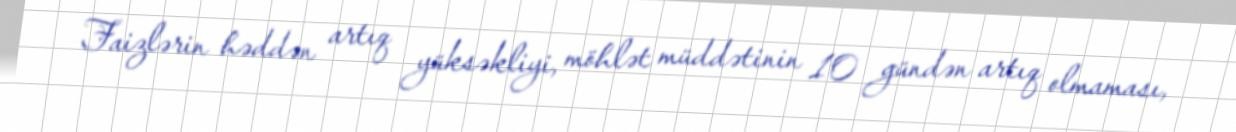
Faizlərin həddən artıq yüksəkliyi, möhlət müddətinin 10 gündən artıq olmaması,